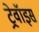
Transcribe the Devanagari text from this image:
ट्रेवॉइस